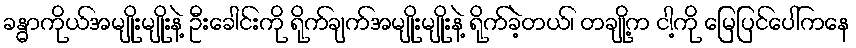
ခန္ဓာကိုယ်အမျိုးမျိုးနဲ့ ဦးခေါင်းကို ရိုက်ချက်အမျိုးမျိုးနဲ့ ရိုက်ခဲ့တယ်၊ တချို့က ငါ့ကို မြေပြင်ပေါ်ကနေ